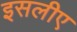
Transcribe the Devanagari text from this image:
इसलीए